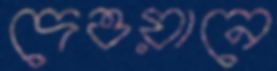
দেওয়ানে